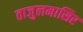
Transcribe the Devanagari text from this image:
ताजुलमासिर